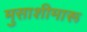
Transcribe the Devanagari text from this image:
मुसाशीमारू